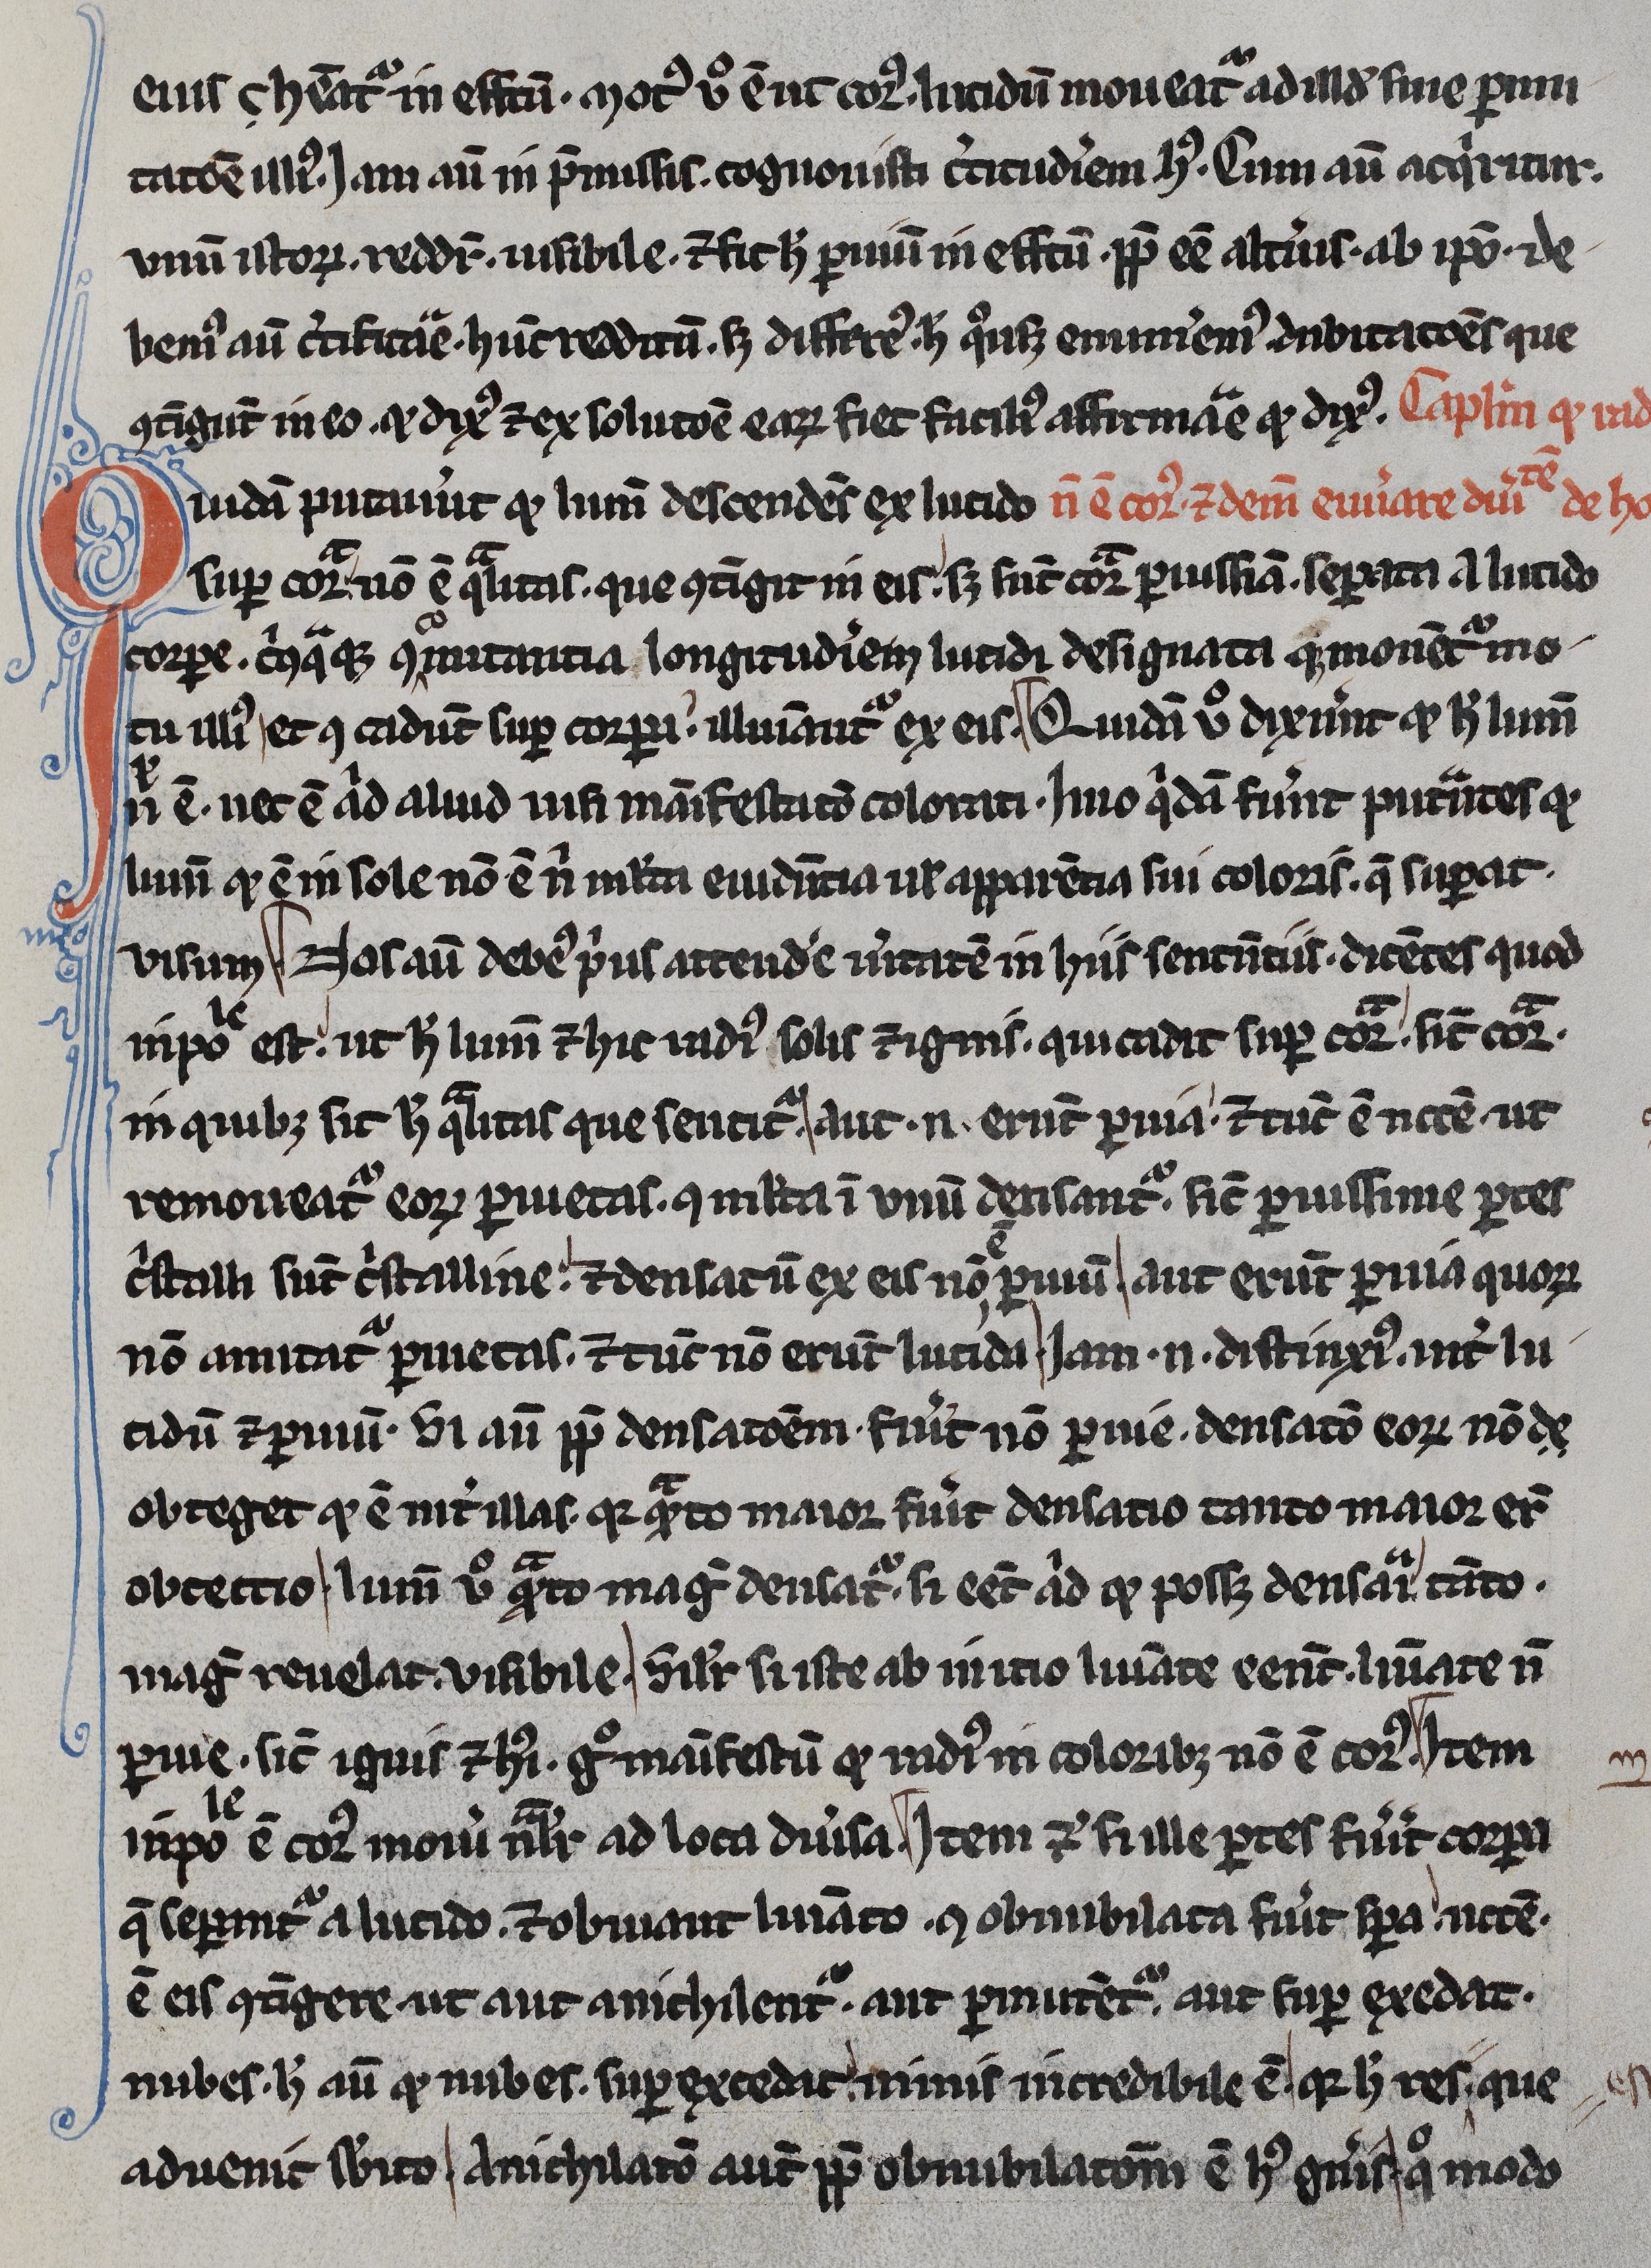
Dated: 1245–1255